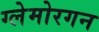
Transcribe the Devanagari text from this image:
ग्लेमोरगन